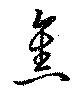
焦